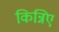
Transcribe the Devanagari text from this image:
किन्निए